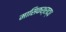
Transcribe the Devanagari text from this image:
मासिकश्राद्ध